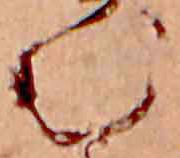
む